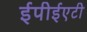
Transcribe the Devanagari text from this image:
ईपीईएटी